Report on vaccination in the Province of Bengal - 1869-1873
Year: 1869
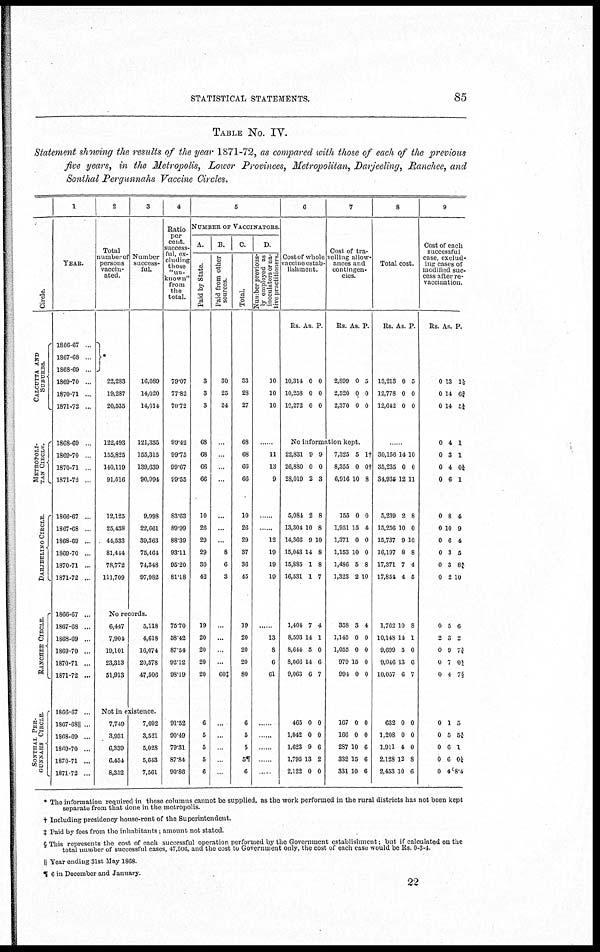
STATISTICAL STATEMENTS.
85
TABLE No. IV.
Statement showing the results of the year 1871-72, as compared with those of each of the previous
five years, in the Metropolis, Lower Provinces, Metropolitan, Darjeeling, Ranchee, and
Sonthal Pergunnahs Vaccine Circles.
Circle.
CALCUTTA AND
SUBURBS.
METROP OLI-
TAN CI RCLE.
DARJEELING CIRCLE.
RANCHEE CIRCLE
SONTHAL PER-
GUNNAHS CIRCLE
1
YEAR.
1866-67 ...
1867-68 ...
1868-69 ...
1869-70 ...
1870-71 ...
1871-72 ...
1868-69 ...
1869-70 ...
1870-71 ...
1871-72 ...
1866-67 ...
1867-68 . .
1868-69 ...
1869-70 ...
1870-71 ...
1871-72 ...
1866-67 ...
1867-68 ...
1868-69 ...
1869-70 ...
1870-71 ...
1871-72 ...
1866-67 ...
1867-68||...
1868-69 ...
1869-70 ...
1870-71 ...
1871-72 ...
2
Total
number of
persons
vaccin-
ated.
*
22,283
19,287
20,535
122,493
155,825
140,119
91,516
12,125
25,438
44,533
81,444
78,772
111,709
3
Number
success-
ful.
16,089
14,020
14,014
121,335
155,315
139,639
90,994
9,998
22,661
39,363
75,464
74,348
97,982
No records.
6,447
7,904
19,101
23,313
51,913
5,118
4,618
16,074
20,578
47,506
Not in existence.
7,749
3,931
6,339
6,454
8,352
7,092
3,521
5,028
5,643
7,561
4
Ratio
per
cent.
success-
ful, ex-
cluding
those
"un-
known"
from
the
total.
79.07
77.82
70.72
99.42
99.75
99.67
99.55
83.63
89.99
88.39
93.11
95.20
81.38
75.70
58.42
87.54
92.12
98.19
91.52
90.49
79.31
87.84
90.86
5
NUMBER OF VACCINATORS.
A.
Paid by State.
3
3
3
68
68
66
66
10
26
29
29
30
42
19
20
20
20
20
6
5
5
5
6
B.
Paid from other
sources.
30
25
24
...
...
...
...
...
...
...
8
6
3
...
...
...
...
60‡
...
...
...
...
...
C.
Total.
33
28
27
68
68
66
66
10
26
29
37
36
45
19
20
20
20
80
6
5
5
5¶
6
D.
Number previous-
ly employed as
inoculators
or na-
tive practitioners
10
10
10
......
11
13
9
......
......
12
19
19
19
......
13
8
6
61
......
......
......
......
......
6
Cost of whole
vaccine estab-
lishment.
Rs. As. P.
10,314
10,258
10,272
0
0
0
0
0
0
7
Cost of tra-
velling allow-
ances and
contingen-
cies.
Rs. As. P.
2,899
2,520
2,370
0
0
0
5
0
0
No information kept.
22,831
26,880
28,019
5,084
13,304
14,366
15,043
15,885
16,531
9
0
2
2
10
9
14
1
1
9
0
3
8
8
10
8
8
7
1,404
8,593
8,644
8,066
9,063
7
14
5
14
6
4
1
0
6
7
465
1,042
1,623
1,795
2,122
0
0
9
13
0
0
0
6
2
0
7,325
8,355
6,916
155
1,951
1,371
1,153
1,486
1,323
5
0
10
0
15
0
10
5
2
1†
0†
8
0
4
0
0
8
10
358
1,145
1,055
979
994
3
0
0
15
0
4
0
0
0
0
167
166
287
332
331
0
0
10
15
10
0
0
6
6
6
8
Total cost.
Rs. As. P.
13,213
12,778
12,642
0
0
0
5
0
0
.. ..
30,156
35,235
34,935
5,239
15,256
15,737
16,197
17,371
17,854
14
0
12
2
10
9
8
7
4
10
0
11
8
0
10
8
4
5
1,762
10,148
9,699
9,046
10,057
10
14
5
13
6
8
1
0
6
7
632
1,208
1,911
2,128
2,453
0
0
4
12
10
0
0
0
8
6
9
Cost of each
successful
case, exclud-
ing cases of
modified suc-
cess after re-
vaccination.
Rs. As. P.
0
0
0
0
0
0
0
0
0
0
0
0
0
13
14
14
4
3
4
6
8
10
6
3
3
2
1½
6¾
5¼
1
1
0¼
1
4
9
4
5
8¾
10
0
2
0
0
0
5
3
9
7
4
6
2
7¾
0¾
7§
0
0
0
0
0
1
5
6
6
4
5
5¾
1
0¼
8.4
* The information required in these columns cannot be supplied, as the work performed in the rural districts has not been kept
separate from that done in the metropolis.
† Including presidency house-rent of the Superintendent.
‡ Paid by fees from the inhabitants, amount not stated
§ This represents the cost of each successful operation performed by the Government establishment, but if calculated on the
total number of successful cases, 47,506, and the cost to Government only, the cost of each case would be Rs. 0-3-4.
|| Year ending 3lst May 1868.
¶ 6 in December and January.
22